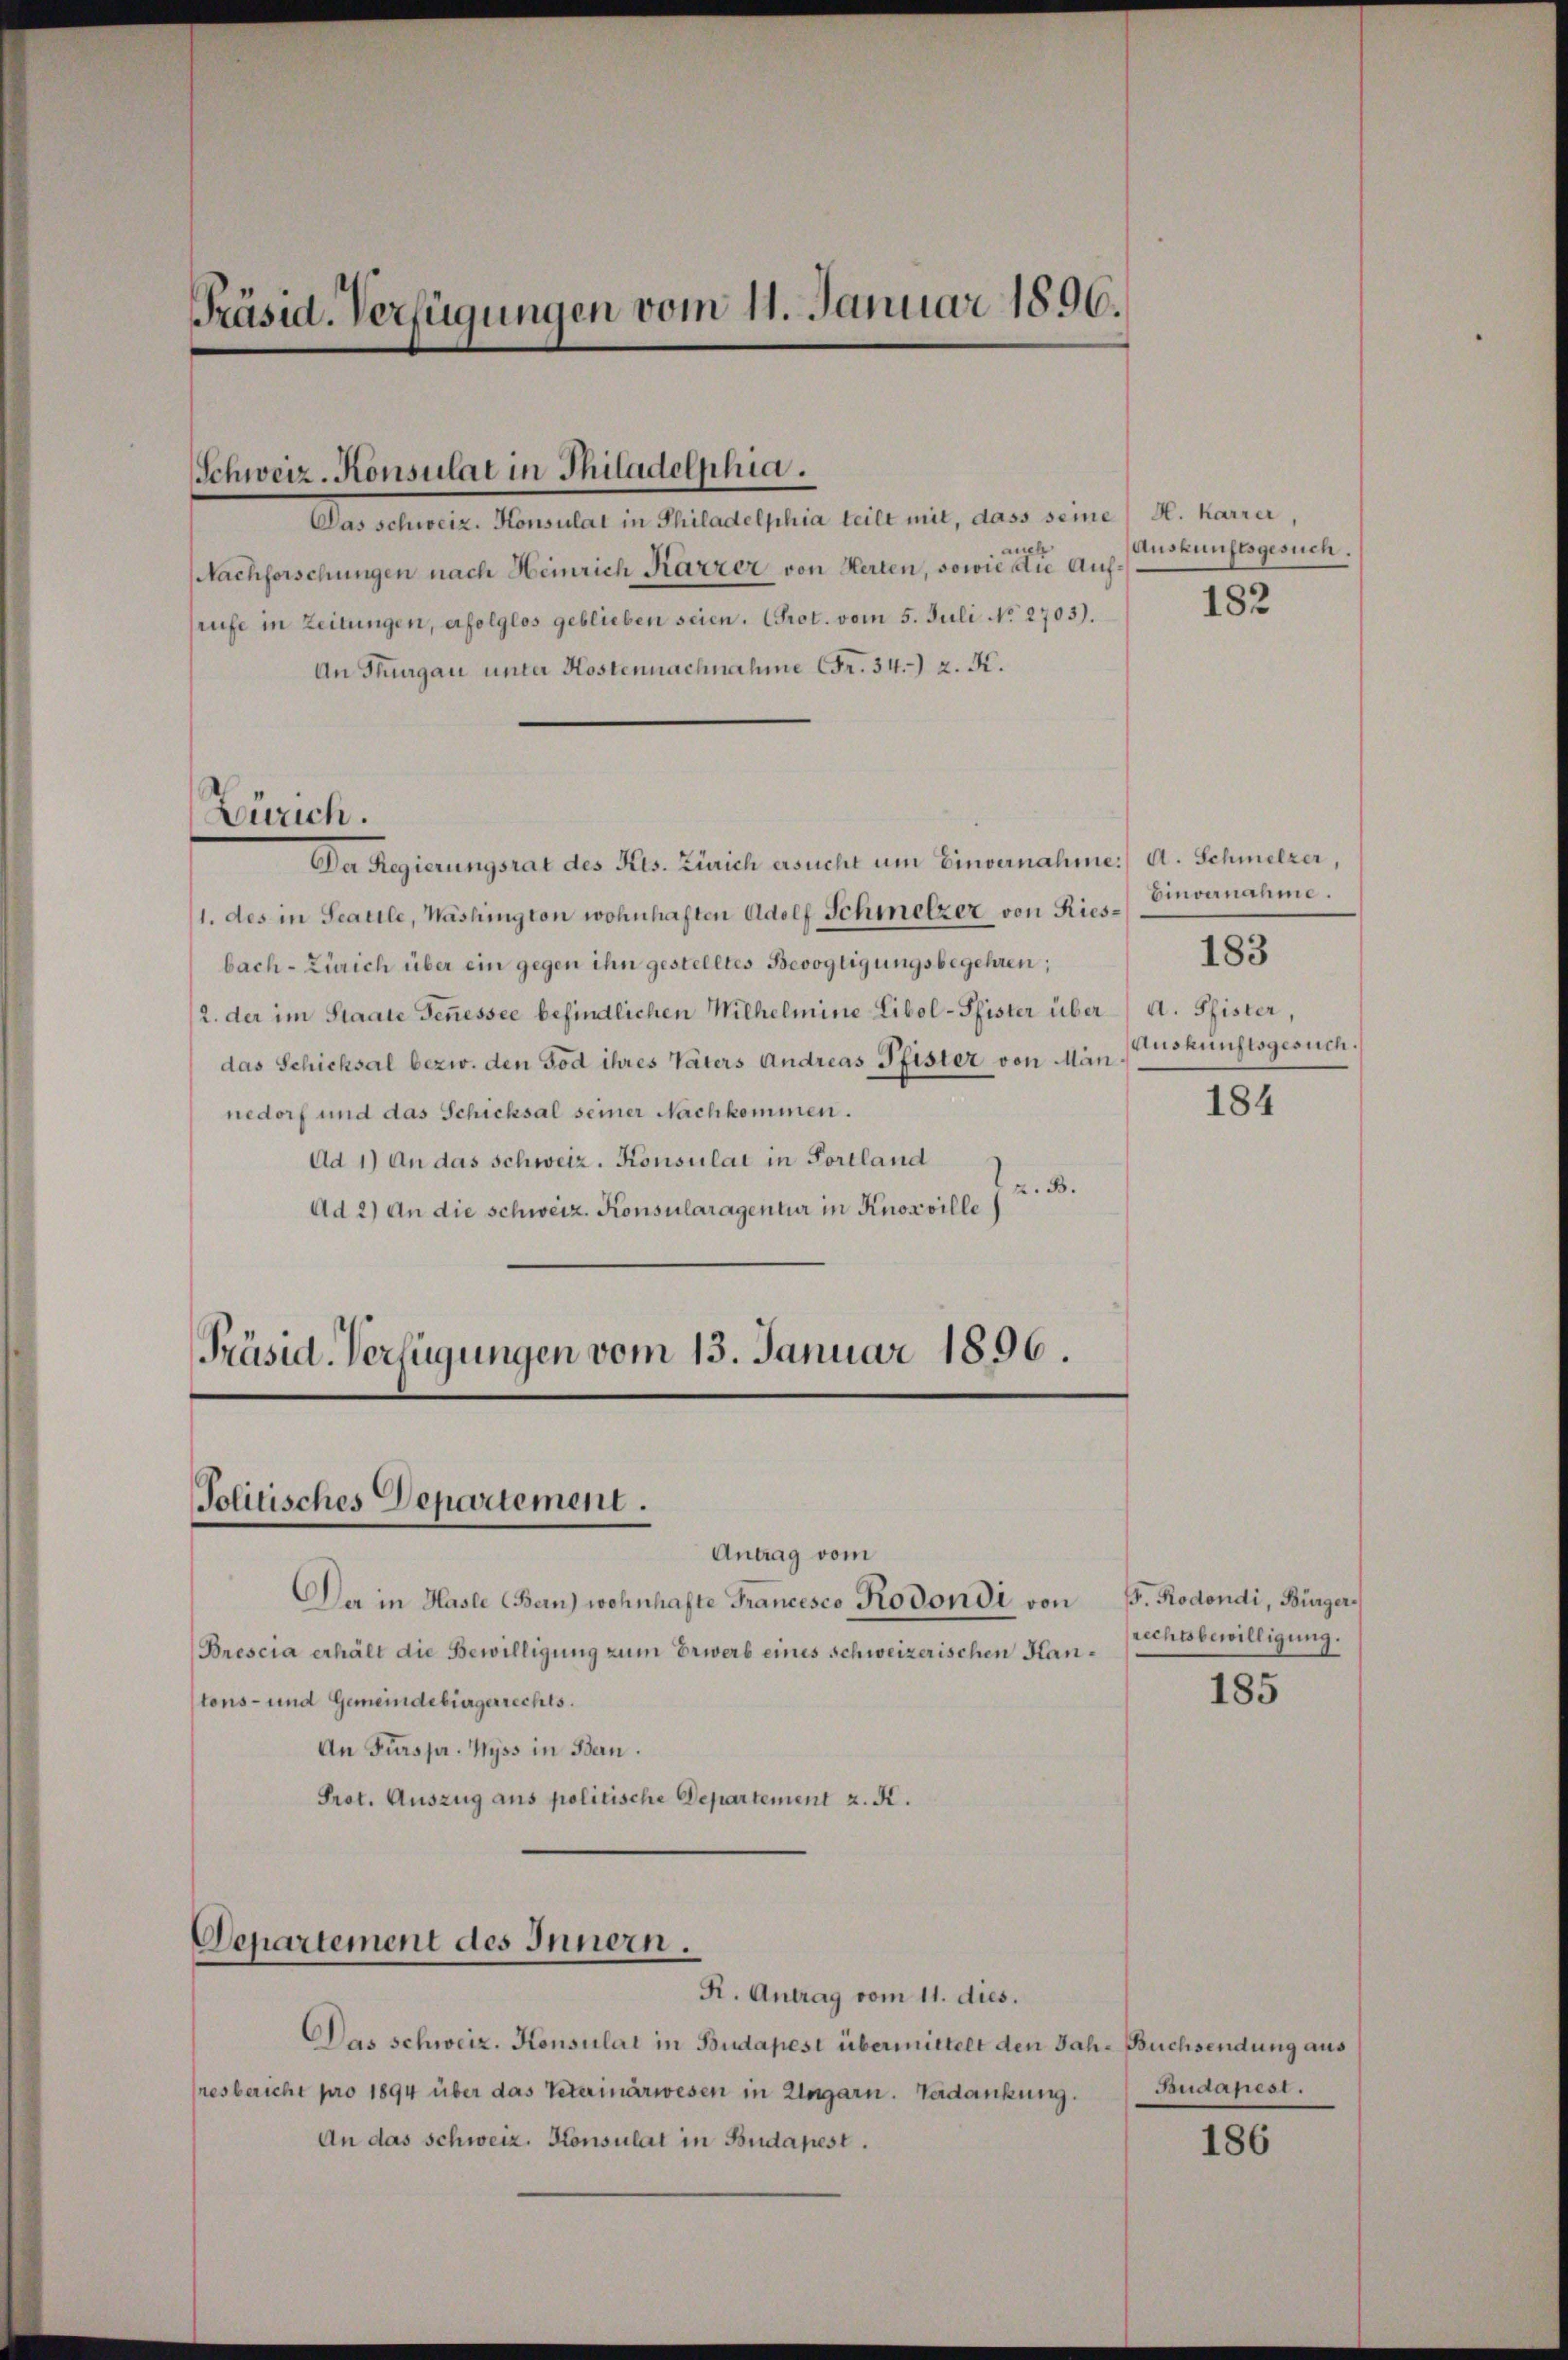
Präsid. Verfügungen vom 11. Januar 1896.

Schweiz. Konsulat in Philadelphia.

Das schweiz. Konsulat in Philadelphia teilt mit, dass seine H. Karrer
t
Nachforschungen nach Heinrich Karzer von Herten, sowie die Aufrufe in Zeitungen, erfolglos geblieben seien. Prot. vom 5. Juli No 2703).
An Thurgau unter Kostennachnahme Fr. 34. 2. K.
Der Regierungsrat des Kts. Zürich ersucht um Einvernahme) A. Schmelzer,
Einvernahme.
1. des in Seatile, Washington wohnhaften Adolf Schmelzer von Ries¬
183
bach-Zürich über ein gegen ihn gestelltes Bevogtigungsbegehren;
2. der im Staate Fennessee befindlichen Wilhelmine Libol-Pfister über a. Pfister,
Auskunftsgesuch.
das Schicksal bezw. den Tod ihres Vaters Andreas Pfister von Män
184
nedorf und das Schicksal seiner Nachkommen.
Ad 1) An das Schweiz. Konsulat in Portland
z. B.
Ad 2) An die schweiz. Konsularagentur in Knoxville
Präsid. Verfügungen vom 13. Januar 1896

Zürich.

Politisches Departement.
Antrag vom

Der in Hasle (Bern) wohnhafte Francesco Rodondi von F. Rodondi, Bürger¬
Brescia erhält die Bewilligung zum Erwerb eines schweizerischen Hantons- und Gemeindebürgerrechts.
An Fürspr. Wyss in Bern.
Prot. Auszug aus politische Departement z. K.

Departement des Innern.

R. Antrag vom 11. dies.
Das schweiz. Konsulat in Budapesi übermittelt den Jah-Buchsendung aus
hresbericht pro 1894 über das Veterinärwesen in Ungarn. Verdankung.
An das Schweiz. Konsulat in Budapest.

Auskunftsgesuch.

182

rechtsbewilligung.

185

Budapest.

186